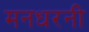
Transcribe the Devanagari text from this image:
मनधरनी